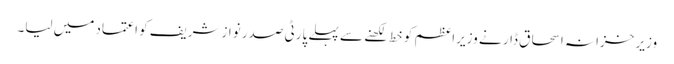
وزیر خزانہ اسحاق ڈار نے وزیراعظم کو خط لکھنے سے پہلے پارٹی صدر نوازشریف کو اعتماد میں لیا۔